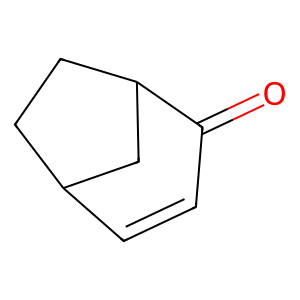
SMILES: O=C1C=CC2CCC1C2
Inhibits HIV replication: No